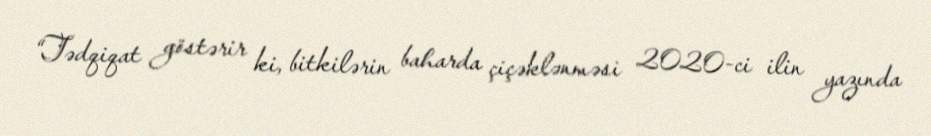
“Tədqiqat göstərir ki, bitkilərin baharda çiçəklənməsi 2020-ci ilin yazında